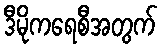
ဒီမိုကရေစီအတွက်